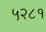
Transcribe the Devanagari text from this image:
५२८१